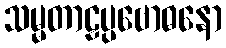
သမ္မတာဠပ္ပဗောဓနော